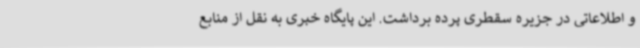
و اطلاعاتی در جزیره سقطری پرده برداشت. این پایگاه خبری به نقل از منابع